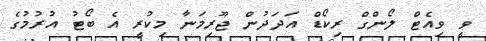
ވީ ވިއެޓް ލޯންގް ރިކޯޑް އަދަދުން ޖޫރިމަނާ މިކުރީ އެ ބޯޓު އުރުމުގެ